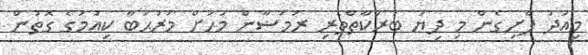
މިއަދު ފެށިގެން މި ދިޔަ ބަރަކާތްތެރި ރަމަޟާން މަހަށް މަރުޙަބާ ކިއުމުގެ ގޮތުން